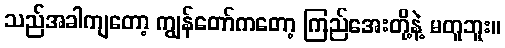
သည်အခါကျတော့ ကျွန်တော်ကတော့ ကြည်အေးတို့နဲ့ မတူဘူး။